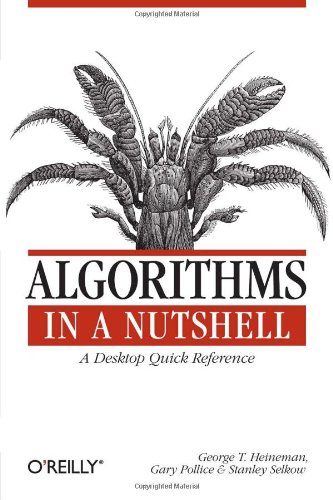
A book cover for Algorithms in a Nutshell (In a Nutshell (O'Reilly)); George T. Heineman; Computers & Technology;